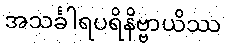
အသင်္ခါရပရိနိဗ္ဗာယိဿ